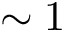
\sim 1